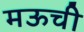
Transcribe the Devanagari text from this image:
मऊची